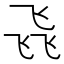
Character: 𮸽